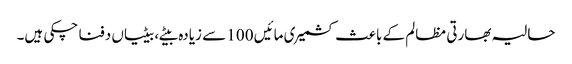
حالیہ بھارتی مظالم کے باعث کشمیری مائیں 100 سے زیادہ بیٹے، بیٹیاں دفنا چکی ہیں۔